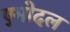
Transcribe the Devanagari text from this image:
एमोदल